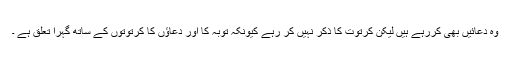
وہ دعائیں بھی کررہے ہیں لیکن کرتوت کا ذکر نہیں کر رہے کیونکہ توبہ کا اور دعاؤں کا کرتوتوں کے ساتھ گہرا تعلق ہے ۔